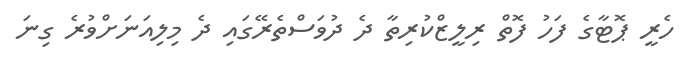
ހެރީ ޕޮޓާގެ ފަހު ފޮތް ރިލީޒްކުރިތާ ދެ ދުވަސްތެރޭގައި ދެ މިލިއަނަށްވުރެ ގިނަ